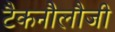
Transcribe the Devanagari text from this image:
टैकनौेलौजी